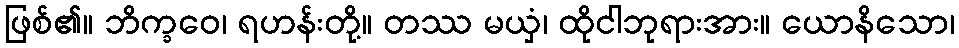
ဖြစ်၏။ ဘိက္ခဝေ၊ ရဟန်းတို့။ တဿ မယှံ၊ ထိုငါဘုရားအား။ ယောနိသော၊